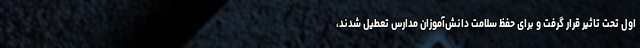
اول تحت تاثیر قرار گرفت و برای حفظ سلامت دانش‌آموزان مدارس تعطیل شدند،